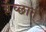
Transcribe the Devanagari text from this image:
म्लेच्छात्